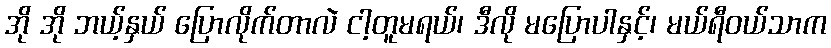
အို အို ဘယ့်နှယ် ပြောလိုက်တာလဲ ငါ့တူမရယ်၊ ဒီလို မပြောပါနှင့်၊ မယ်ရီဝယ်သာက